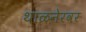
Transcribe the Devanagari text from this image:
थाळनेरवर